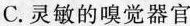
C.灵敏的嗅觉器官